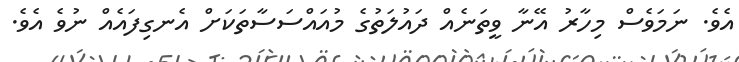
އެވެ. ނަމަވެސް މިހާރު އޭނާ ވީތަނެއް ދައުލަތުގެ މުއައްސަސާތަކަށް އެނގިފައެއް ނުވެ އެވެ.